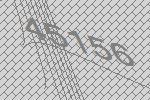
45156